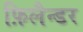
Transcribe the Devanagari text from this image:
फ़िलैन्डर